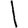
Digit: 1